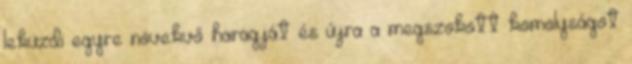
leküzdi egyre növekvő haragját és újra a megszokott komolyságot